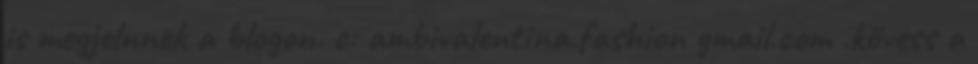
is megjelnnek a blogon. c: ambivalentina.fashion gmail.com .kövess a